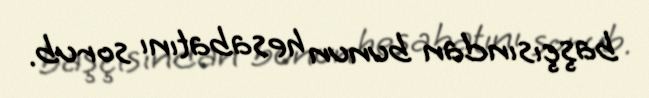
başçısından bunun hesabatını sorub.